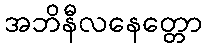
အဘိနီလနေတ္တော